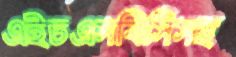
এইচএসবিসিসহ